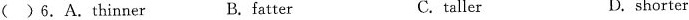
( )6.A.thinner B.fatter C.taller D. shorter